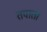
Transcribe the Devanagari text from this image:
तपाता